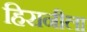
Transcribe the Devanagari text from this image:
हिरानीला